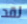
لقد